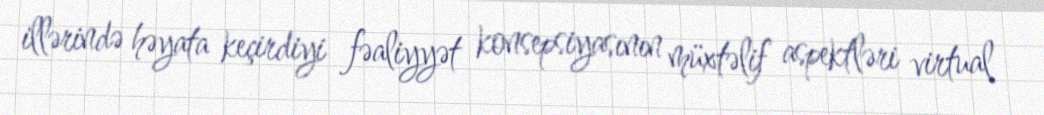
illərində həyata keçirdiyi fəaliyyət konsepsiyasının müxtəlif aspektləri virtual